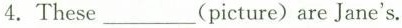
4. These ___(picture) are Jane's.